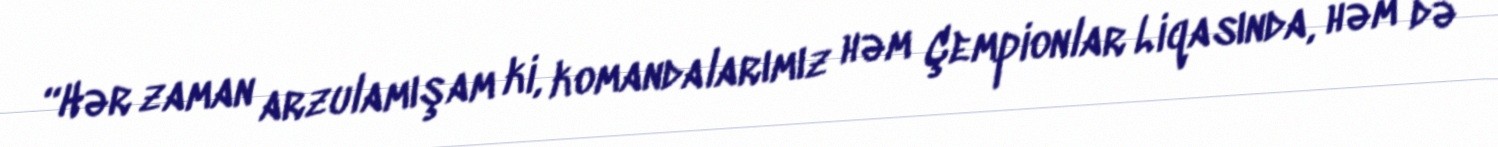
“Hər zaman arzulamışam ki, komandalarımız həm Çempionlar Liqasında, həm də